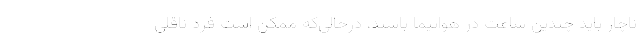
ناچار باید چندین ساعت در هواپیما باشند، درحالی‌که ممکن است فرد ناقلی